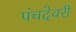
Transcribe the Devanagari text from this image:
पंचदेवरी